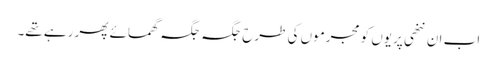
اب ان ننھی پریوں کو مجرموں کی طرح جگہ جگہ گھمائے پھر رہے تھے۔